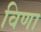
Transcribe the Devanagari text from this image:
विणा